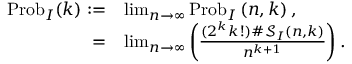
\begin{array} { r l } { \operatorname { P r o b } _ { I } ( k ) : = } & { \operatorname* { l i m } _ { n \rightarrow \infty } \operatorname { P r o b } _ { I } \left( n , k \right) , } \\ { = } & { \operatorname* { l i m } _ { n \rightarrow \infty } \left( \frac { ( 2 ^ { k } k ! ) \# \mathcal { S } _ { I } ( n , k ) } { n ^ { k + 1 } } \right) . } \end{array}